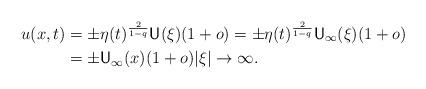
LaTeX: \begin{align*} u(x,t) &= \pm \eta(t)^\frac{2}{1-q} {\sf U}(\xi) (1+o) = \pm \eta(t)^\frac{2}{1-q} {\sf U}_\infty(\xi) (1+o) \\ &= \pm {\sf U}_\infty(x) (1+o) |\xi|\to\infty. \end{align*}